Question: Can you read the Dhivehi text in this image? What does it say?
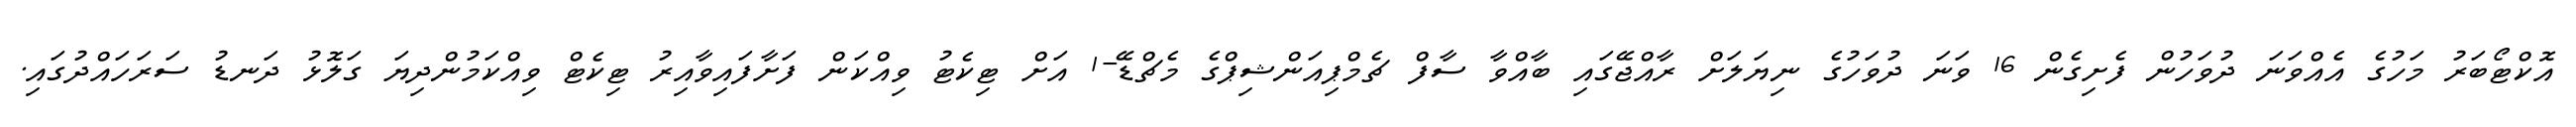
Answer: އޮކްޓޯބަރު މަހުގެ އެއްވަނަ ދުވަހުން ފެށިގެން 16 ވަނަ ދުވަހުގެ ނިޔަލަށް ރާއްޖޭގައި ބާއްވާ ސާފް ޗެމްޕިއަންޝިޕްގެ މެޗްޑޭ-1 އަށް ޓިކެޓު ވިއްކަން ފަށާފައިވާއިރު ޓިކެޓް ވިއްކަމުންދިޔަ ގަލޮޅު ދަނޑު ސަރަހައްދުގައި.